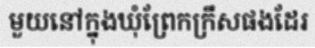
មួយនៅក្នុងឃុំព្រែកក្រឹសផងដែរ